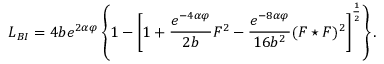
{ \cal L } _ { B I } = 4 b e ^ { 2 \alpha \varphi } \left\{ 1 - \left[ 1 + \frac { e ^ { - 4 \alpha \varphi } } { 2 b } F ^ { 2 } - \frac { e ^ { - 8 \alpha \varphi } } { 1 6 b ^ { 2 } } ( F \star F ) ^ { 2 } \right] ^ { \frac { 1 } { 2 } } \right\} .